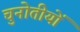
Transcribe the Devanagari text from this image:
चुनोतीयों